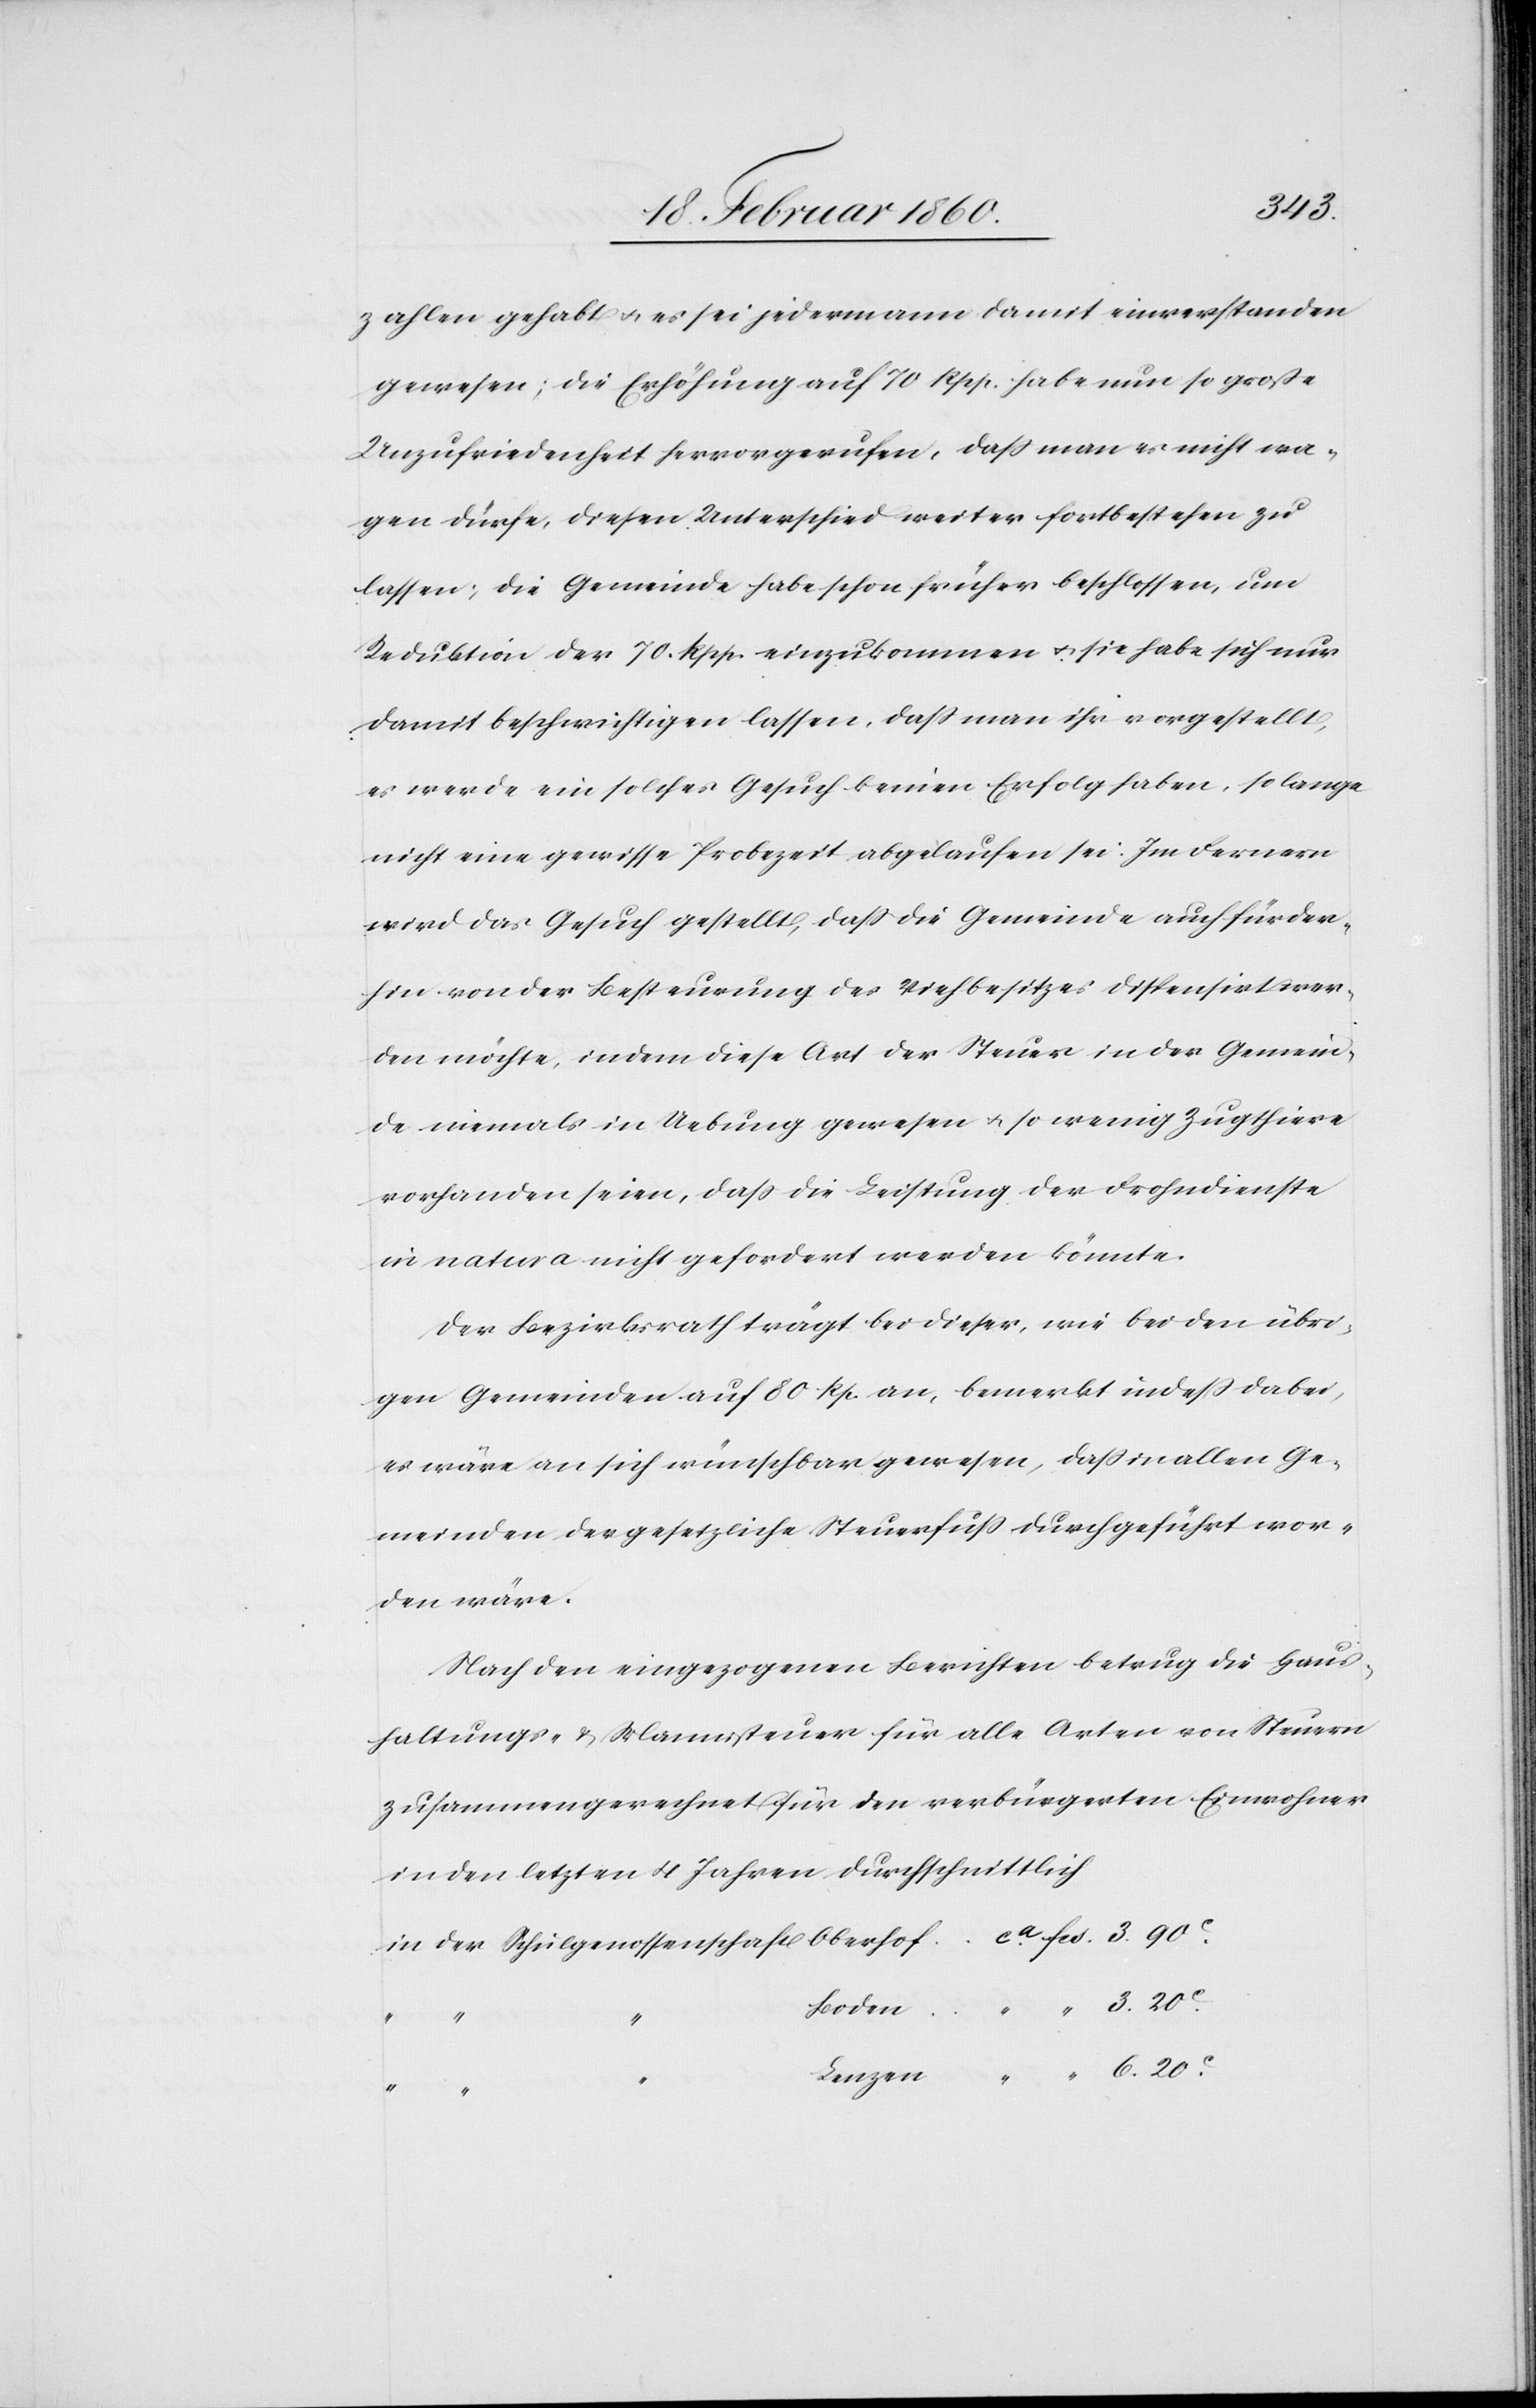
3.
zahlen gehabt u. es sei jedermann damit einverstanden
gewesen; die Erhöhung auf 70 Rpp. habe nun grosse
Unzufriedenheit hervorgerufen, dass man es nicht wa¬
gen dürfe, diesen Unterschied weiter fortbestehen zu
lassen; die Gemeinde habe schon früher beschlossen, um
Reduktion der 70 Rpp. einzukommen u. sie habe sich nur
damit beschwichtigen lassen, dass man ihr vorgestellt,
es werde ein solches Gesuch keinen Erfolg haben, so lange
nicht eine gewisse Probezeit abgelaufen sei. Im Fernern
wird das Gesuch gestellt, dass die Gemeinde auch für der¬
hin von der Besteurung des Viehbesitzes dispensirt wer¬
den möchte,. indem diese Art der Steuer in der Gemein¬
de niemals in Uebung gewesen u. so wenig Zugthiere
vorhanden seien, dass die Leistung der Frohndienste
in natura nicht gefordert werden könnte.
Der Bezirksrath trägt bei dieser, wie bei den übri¬
gen Gemeinden auf 80 Rp. an, bemerkt indess dabei,
es wäre an sich wünschbar gewesen, dass in allen Ge¬
meinden der gesetzliche Steuerfuss durchgeführt wor¬
den wäre.
Nach den eingezogenen Berichten betrug die Haus¬
haltungs- u. Mannsteuer für alle Arten von Steuern
zusammengerechnet für den verbürgerten Einwohner
in den letzten 4 Jahren durchschnittlich